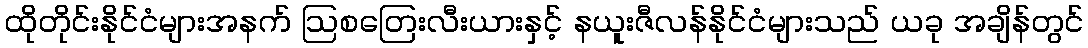
ထိုတိုင်းနိုင်ငံများအနက် ဩစတြေးလီးယားနှင့် နယူးဇီလန်နိုင်ငံများသည် ယခု အချိန်တွင်